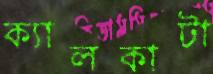
ক্যালকাটা